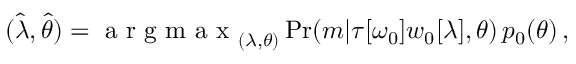
\begin{array} { r } { ( \hat { \lambda } , \hat { \theta } ) = \mathrm { ~ a ~ r ~ g ~ m ~ a ~ x ~ } _ { ( \lambda , \theta ) } \operatorname* { P r } ( m | \tau [ \omega _ { 0 } ] w _ { 0 } [ \lambda ] , \theta ) \, p _ { 0 } ( \theta ) \, , } \end{array}